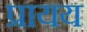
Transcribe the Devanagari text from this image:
प्रायय